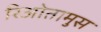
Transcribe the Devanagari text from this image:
रिओतामुस